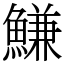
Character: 鰜